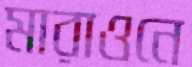
মারাওনে